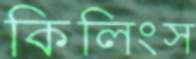
কিলিংস